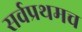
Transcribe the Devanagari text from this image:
सर्वप्रथमच